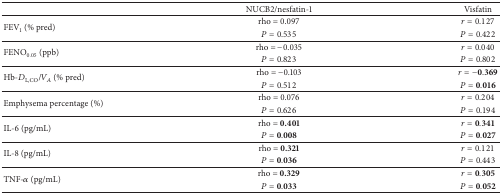
|  | NUCB2/nesfatin-1 | Visfatin |
 | --- | --- | --- |
 | <ROWSPAN=2> FEV1 (% pred) | rho = 0.097 | r = 0.127 |
 | P = 0.535 | P = 0.422 |
 | <ROWSPAN=2> FENO0.05 (ppb) | rho = −0.035 | r = 0.040 |
 | P = 0.823 | P = 0.802 |
 | <ROWSPAN=2> Hb-DL,CO/VA (% pred) | rho = −0.103 | r = −0.369 |
 | P = 0.512 | P = 0.016 |
 | <ROWSPAN=2> Emphysema percentage (%) | rho = 0.076 | r = 0.204 |
 | P = 0.626 | P = 0.194 |
 | <ROWSPAN=2> IL-6 (pg/mL) | rho = 0.401 | r = 0.341 |
 | P = 0.008 | P = 0.027 |
 | <ROWSPAN=2> IL-8 (pg/mL) | rho = 0.321 | r = 0.121 |
 | P = 0.036 | P = 0.443 |
 | <ROWSPAN=2> TNF-α (pg/mL) | rho = 0.329 | r = 0.305 |
 | P = 0.033 | P = 0.052 |